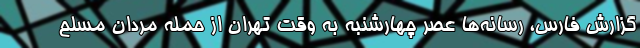
گزارش فارس، رسانه‌ها عصر چهارشنبه به وقت تهران از حمله مردان مسلح